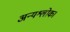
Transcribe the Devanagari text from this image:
अन्यश्लोक।